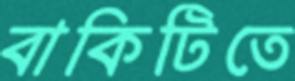
বাকিটিতে